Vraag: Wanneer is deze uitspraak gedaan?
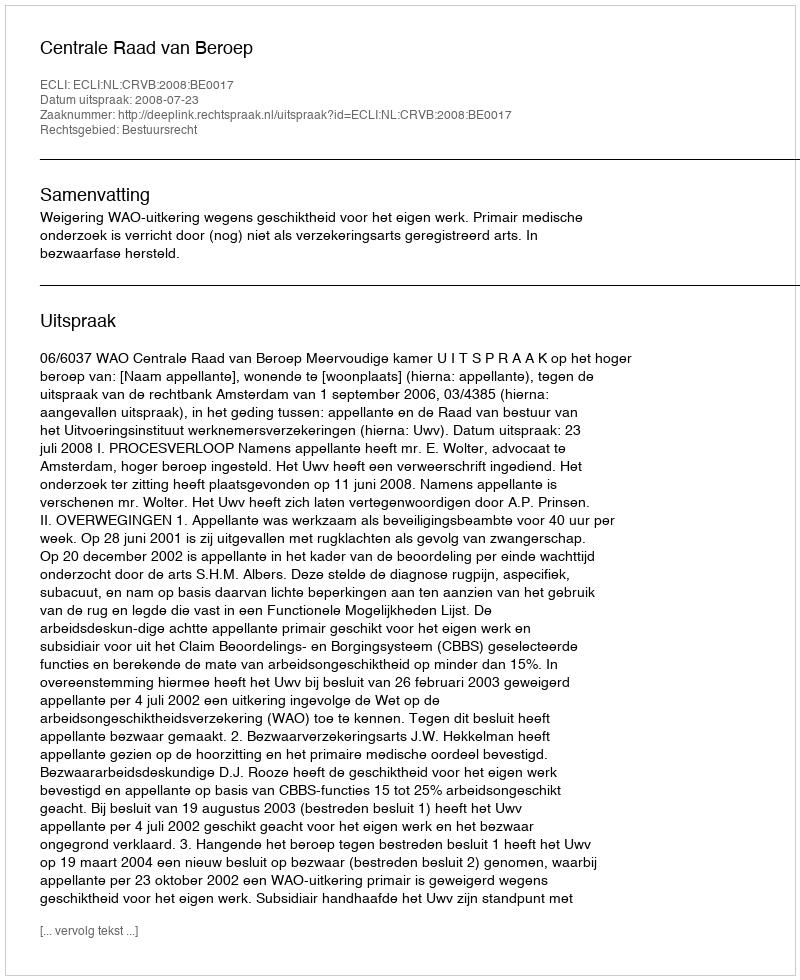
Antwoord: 2008-07-23